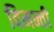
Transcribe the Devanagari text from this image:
विनन्ती